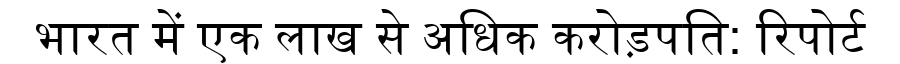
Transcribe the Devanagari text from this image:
भारत में एक लाख से अधिक करोड़पति: रिपोर्ट